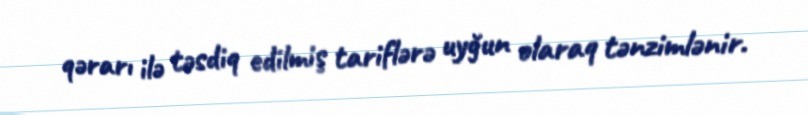
qərarı ilə təsdiq edilmiş tariflərə uyğun olaraq tənzimlənir.